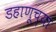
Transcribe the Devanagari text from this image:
डहाणूच्या